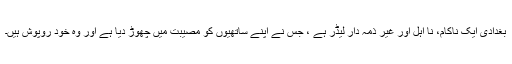
بغدادی ایک ناکام، نا اہل اور غیر ذمہ دار لیڈر ہے ، جس نے اپنے ساتھیوں کو مصیبت میں چھوڑ دیا ہے اور وہ خود روپوش ہیں۔